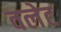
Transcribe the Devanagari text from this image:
वलेट